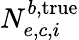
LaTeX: N_{e,c,i}^{b,\mathrm{true}}